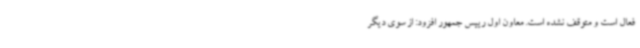
فعال است و متوقف نشده است. معاون اول رییس جمهور افزود: از سوی دیگر